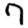
Digit: 7